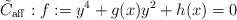
LaTeX: \begin{align*}\tilde{C}_{\mathrm{aff}} : f := y^4+ g(x)y^2+ h(x) = 0 \end{align*}